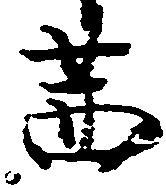
茜